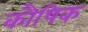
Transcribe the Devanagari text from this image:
कौषिक